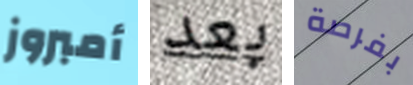
أمبروز بعد بفرصة